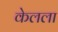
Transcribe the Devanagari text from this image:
केलला